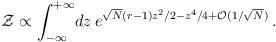
LaTeX: \begin{align*}{\cal Z}\propto \int_{-\infty}^{+\infty}\! dz\,e^{\sqrt{N} (r-1) z^{2}/2 - z^{4}/4 + {\cal O}(1/\sqrt{N})}\, .\end{align*}